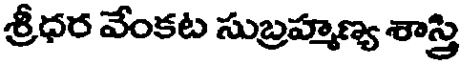
శ్రీధర వేంకట సుబ్రహ్మణ్య శాస్త్రి